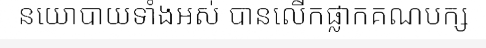
នយោបាយទាំងអស់ បានលើកផ្លាកគណបក្ស